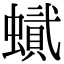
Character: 𧑰